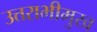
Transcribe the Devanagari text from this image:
उत्तराभीमुख